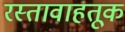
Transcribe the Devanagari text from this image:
रस्तावाहतूक